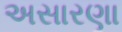
અસારણા